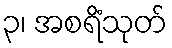
၃၊ အစရိံသုတ်